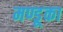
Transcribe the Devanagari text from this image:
मण्डूका